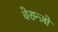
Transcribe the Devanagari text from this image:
वेरान्ज़ो